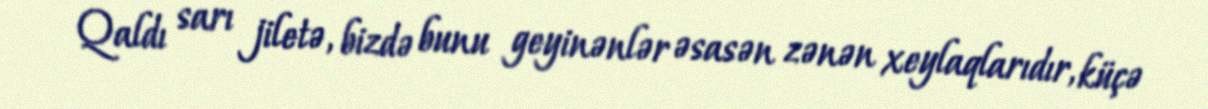
Qaldı sarı jiletə, bizdə bunu geyinənlər əsasən zənən xeylaqlarıdır, küçə